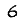
Digit: 6